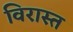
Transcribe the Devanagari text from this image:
विरास्त